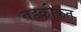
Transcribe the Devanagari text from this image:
तहकीक़त